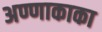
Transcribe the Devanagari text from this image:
अण्णाकाका